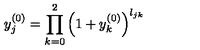
y _ { j } ^ { ( 0 ) } = \prod _ { k = 0 } ^ { 2 } \left( 1 + y _ { k } ^ { ( 0 ) } \right) ^ { l _ { j k } }